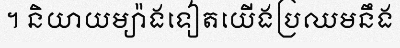
។ និយាយម្យ៉ាងទៀតយើងប្រឈមនឹង